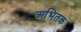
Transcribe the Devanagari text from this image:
अभितक